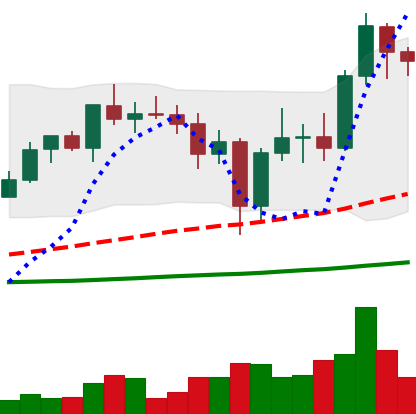
Ticker: ADA-USD
Chart end date: 2020-12-31
Forward return: 42.403%
Label: up_7plus